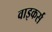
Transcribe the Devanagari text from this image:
वाइकर्स